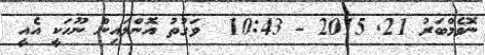
ނޮވެމްބަރު 21